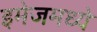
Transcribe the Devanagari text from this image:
इमेजमध्ये